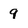
Character: 9